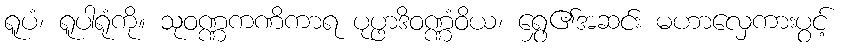
ရူပံ၊ ရူပါရုံကို။ သုဝဏ္ဏကဏိကာရ ပုပ္ဖာဒိဝဏ္ဏံဝိယ၊ ရွှေ၏အဆင်း မဟာလှေကားပွင့်